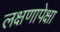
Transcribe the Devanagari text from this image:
लक्षणापेक्षा